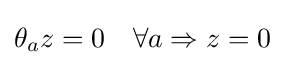
\theta _{a}z=0\quad \forall a\Rightarrow z=0